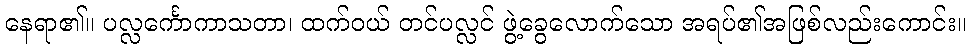
နေရာ၏။ ပလ္လင်္ကောကာသတာ၊ ထက်ဝယ် တင်ပလ္လင် ဖွဲ့ခွေလောက်သော အရပ်၏အဖြစ်လည်းကောင်း။